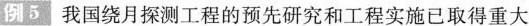
例5我国绕月探测工程的预先研究和工程实施已取得重大